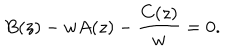
LaTeX: B ( z ) - w A ( z ) - \frac { C ( z ) } { w } = 0 .